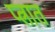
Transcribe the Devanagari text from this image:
प्त्रात